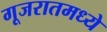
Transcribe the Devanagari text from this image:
गूजरातमध्ये